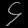
Digit: ၄